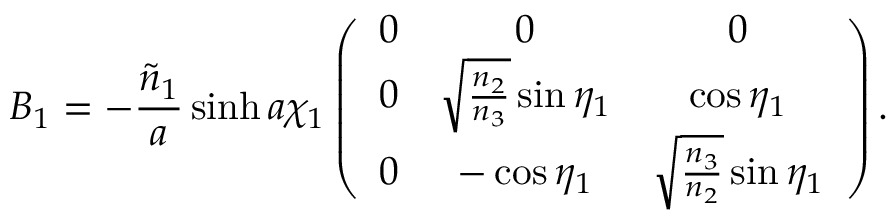
B _ { 1 } = - \frac { \tilde { n } _ { 1 } } { a } \sinh { a \chi _ { 1 } } \left( \begin{array} { c c c } { { 0 } } & { { 0 } } & { { 0 } } \\ { { 0 } } & { { \sqrt { \frac { n _ { 2 } } { n _ { 3 } } } \sin { \eta _ { 1 } } } } & { { \cos { \eta _ { 1 } } } } \\ { { 0 } } & { { - \cos { \eta _ { 1 } } } } & { { \sqrt { \frac { n _ { 3 } } { n _ { 2 } } } \sin { \eta _ { 1 } } } } \end{array} \right) .